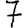
Digit: 7